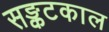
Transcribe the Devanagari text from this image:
सङ्कटकाल